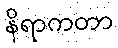
နိရာကတာ